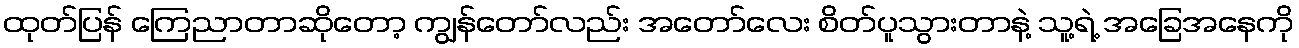
ထုတ်ပြန် ကြေညာတာဆိုတော့ ကျွန်တော်လည်း အတော်လေး စိတ်ပူသွားတာနဲ့ သူ့ရဲ့ အခြေအနေကို